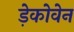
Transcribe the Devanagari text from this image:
ड़ेकोवेन